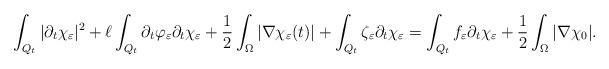
LaTeX: \begin{align*} \int_{Q_t} |\partial_t\chi_{\varepsilon}|^2 + \ell \int_{Q_t} \partial_t \varphi_{\varepsilon} \partial_t \chi_{\varepsilon} + \frac{1}{2} \int_{\Omega} |\nabla \chi_{\varepsilon}(t)| + \int_{Q_t} \zeta_{\varepsilon} \partial_t \chi_{\varepsilon} = \int_{Q_t} f_{\varepsilon} \partial_t \chi_{\varepsilon} + \frac{1}{2} \int_{\Omega} |\nabla \chi_{0}| .\end{align*}